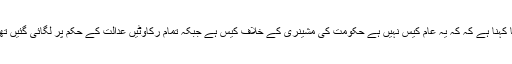
عوامی تحریک کے وکلا اظہر صدیق کا کہنا ہے کہ کہ یہ عام کیس نہیں ہے حکومت کی مشینری کے خلاف کیس ہے جبکہ تمام رکاوٹیں عدالت کے حکم پر لگائی گئیں تھیں کسی کو اکھاڑنے کا اختیار نہیں تھا۔